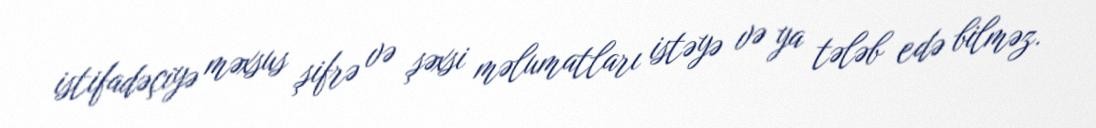
istifadəçiyə məxsus şifrə və şəxsi məlumatları istəyə və ya tələb edə bilməz.